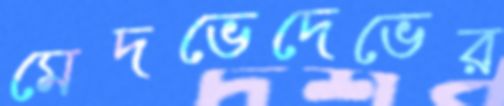
মেদভেদেভের